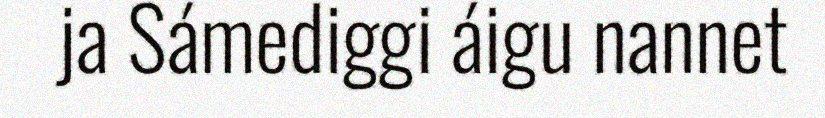
ja Sámediggi áigu nannet